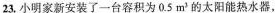
23，小明家新安装了一台容积为0.5m^{3}的太阳能热水器，